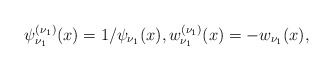
\begin{gather*} \psi _{\nu _{1}}^{( \nu _{1}) }(x)=1/\psi _{\nu _{1}}(x), w_{\nu _{1}}^{( \nu _{1}) }(x)=-w_{\nu _{1}}(x),\end{gather*}